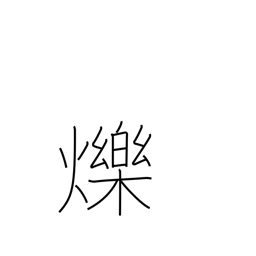
Meaning: shine